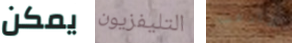
يمكن التليفزيون شارفت